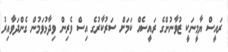
ރައީސް ޔާމީނަކީ ޒުވާނުންގެ ރައީސެއް ކަމަށް ސަރުކާރުގެ އިސް ވެރިން ވިދާޅުވަމުން ގެންދަވާއިރު